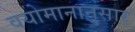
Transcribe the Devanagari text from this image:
वयोमानानुसार